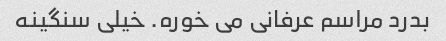
بدرد مراسم عرفانی می خوره. خیلی سنگینه